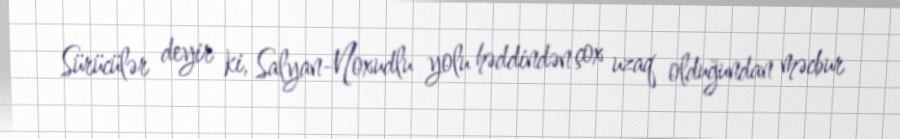
Sürücülər deyir ki, Salyan-Noxudlu yolu həddindən çox uzaq olduğundan məcbur